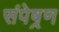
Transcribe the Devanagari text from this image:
संपेष्रण